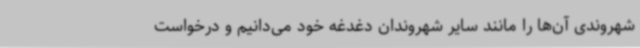
شهروندی آن‌ها را مانند سایر شهروندان دغدغه خود می‌دانیم و درخواست